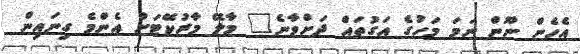
އެހެން ނޫން ނަމަ މަހުގެ އަގުތައް ދަށްވާނެ" މާލޭ މާރުކޭޓަށް އެންމެ ގިނައިން